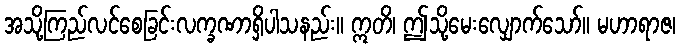
အသို့ကြည်လင်စေခြင်းလက္ခဏာရှိပါသနည်း။ ဣတိ၊ ဤသို့မေးလျှောက်သော်။ မဟာရာဇ၊